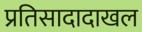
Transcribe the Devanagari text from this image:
प्रतिसादादाखल